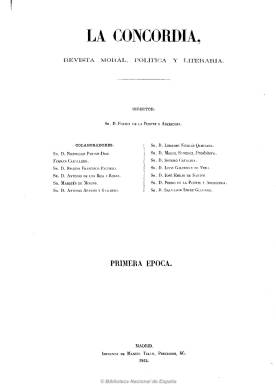
Título: La Concordia (Madrid. 1863)
Colección: Literatura || Política || Revistas de información general
Ámbito geográfico: Madrid
Lugar de publicación: Madrid
Fechas: 10/05/1863-03/01/1864

Subtitulada “revista moral, política y literaria” es un proyecto periodístico de destacados periodistas y escritores detentadores del poder político y de los altos cargos de las instituciones en los últimos años del régimen isabelino. Al frente de su dirección se puso Fermín de la Puente Apecechea (1812-1875), un poeta clásico de origen mexicano que había pertenecido a la escuela de Sevilla, diputado ministerial y académico de la Lengua. Entre sus fundadores y redactores estuvieron Nicomedes Pastor Díaz, Joaquín Francisco Pacheco, el tradicionalista Antonio Aparasi y Guijarro, Lorenzo Nicolás Santana, Pedro de la Puente Apecechea (hermano del director), Aureliano Fernández-Guerra y Orbe, Antonio de los Ríos Rosas, el conservador Francisco Roca de Togores (primer marqués de Molíns) o el presbítero Miguel Sánchez López, impugnador tanto del movimiento krausista como del carlismo, entre otros. Como editor responsable aparecía Santiago Boulade Albert.

Con frecuencia semanal (salía los domingos), comenzó a publicar sus números, de 16 páginas cada uno y compuestos a dos columnas, a partir del diez de mayo de 1863, insertando extensos artículos de tipo doctrinal sobre política, instrucción pública, moral y dogmas católicos, agricultura, economía y hacienda, derecho, estadística, historia, geografía y bibliografía. Asimismo contaba con una sección de crónica política tanto de la actualidad política española, como de la de ultramar y extranjera. También dejó espacio para la creación literaria, especialmente la poética, apareciendo las firmas de, entre otros, José Selgas, Ramón de Campoamor, Eugenio Hartzenbusch o Ángela Grassi.

Ya con su título pretendía plantear una contemporización de la reciente historia política, económica y social española, pero desde el ángulo conservador cristalizado en un sistema isabelino agotado, y al ser acusada de reaccionaria desde las filas de La democracia se defendía señalando que representaba al liberalismo y al verdadero progreso nacional, desde una óptica del catolicismo tradicional enfrentado a los principios democráticos, a los cuales impugnaba. La revista sirvió pues para plasmar el cuerpo ideológico en el que se sustentaba el hegemónico conservadurismo español representado en el Partido Moderado, como sustentador del régimen isabelino.

El proyecto no duró mucho, pues sólo fueron editados 35 números, hasta el tres de enero de 1864, quizá por la desaparición de Nicomedes Pastor Díaz, que había sido uno de sus principales impulsores, anunciando que sus suscriptores serían recompensados recibiendo el diario tradicionalista La razón española (1863-1866).

Algunas imágenes cedidas por TECNODOC.